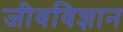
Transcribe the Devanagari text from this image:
जीवविज्ञान